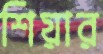
শিয়ার